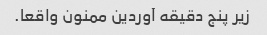
زیر پنج دقیقه آوردین ممنون واقعا.